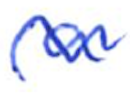
Text: a
Cross-out: wave
Writing tool: ballpoint